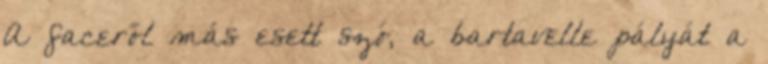
A faceről más esett szó, a bartavelle pályát a